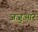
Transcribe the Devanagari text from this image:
जजुआर